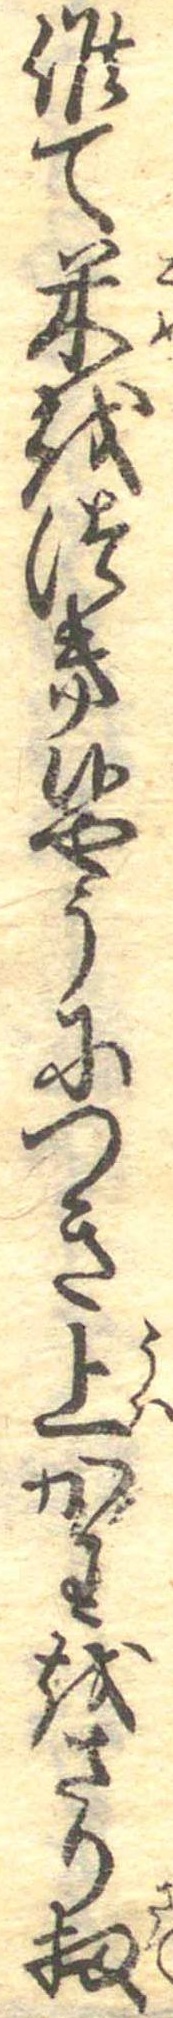
候て米をつき候やうにつき上かわをさり扨